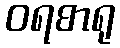
ဝရစာရု